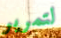
لتمرير